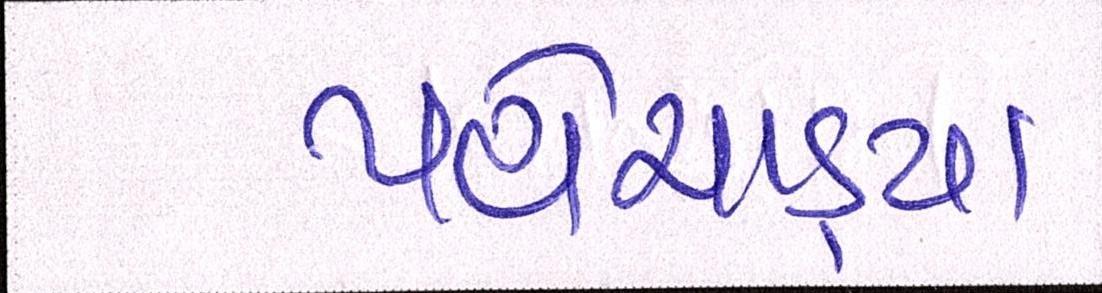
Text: પહોંચાડ્યા